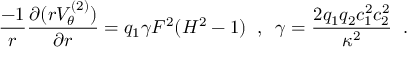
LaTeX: \frac { - 1 } { r } \frac { \partial ( r V _ { \theta } ^ { ( 2 ) } ) } { \partial r } = q _ { 1 } \gamma F ^ { 2 } ( H ^ { 2 } - 1 ) \; \; , \; \; \gamma = \frac { 2 q _ { 1 } q _ { 2 } c _ { 1 } ^ { 2 } c _ { 2 } ^ { 2 } } { \kappa ^ { 2 } } \; \; .